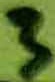
Text: 3